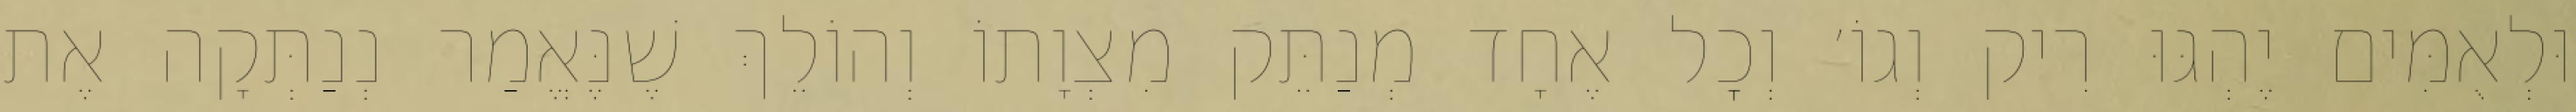
וּלְאֻמִּים יֶהְגּוּ רִיק וְגוֹ׳ וְכׇל אֶחָד מְנַתֵּק מִצְוָתוֹ וְהוֹלֵךְ שֶׁנֶּאֱמַר נְנַתְּקָה אֶת